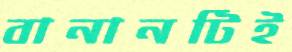
বানানটিই